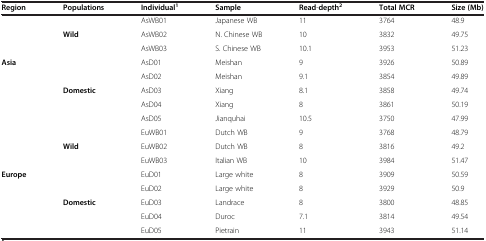
<table><thead><tr><td><b>Region</b></td><td><b>Populations</b></td><td><b>Individual<sup>1</sup></b></td><td><b>Sample</b></td><td><b>Read-depth<sup>2</sup></b></td><td><b>Total MCR</b></td><td><b>Size (Mb)</b></td></tr></thead><tbody><tr><td> </td><td> </td><td>AsWB01</td><td>Japanese WB</td><td>11</td><td>3764</td><td>48.9</td></tr><tr><td> </td><td><b>Wild</b></td><td>AsWB02</td><td>N. Chinese WB</td><td>10</td><td>3832</td><td>49.75</td></tr><tr><td> </td><td> </td><td>AsWB03</td><td>S. Chinese WB</td><td>10.1</td><td>3953</td><td>51.23</td></tr><tr><td><b>Asia</b></td><td> </td><td>AsD01</td><td>Meishan</td><td>9</td><td>3926</td><td>50.89</td></tr><tr><td> </td><td> </td><td>AsD02</td><td>Meishan</td><td>9.1</td><td>3854</td><td>49.89</td></tr><tr><td> </td><td><b>Domestic</b></td><td>AsD03</td><td>Xiang</td><td>8.1</td><td>3858</td><td>49.74</td></tr><tr><td> </td><td> </td><td>AsD04</td><td>Xiang</td><td>8</td><td>3861</td><td>50.19</td></tr><tr><td> </td><td> </td><td>AsD05</td><td>Jianquhai</td><td>10.5</td><td>3750</td><td>47.99</td></tr><tr><td> </td><td> </td><td>EuWB01</td><td>Dutch WB</td><td>9</td><td>3768</td><td>48.79</td></tr><tr><td> </td><td><b>Wild</b></td><td>EuWB02</td><td>Dutch WB</td><td>8</td><td>3816</td><td>49.2</td></tr><tr><td> </td><td> </td><td>EuWB03</td><td>Italian WB</td><td>10</td><td>3984</td><td>51.47</td></tr><tr><td><b>Europe</b></td><td> </td><td>EuD01</td><td>Large white</td><td>8</td><td>3909</td><td>50.59</td></tr><tr><td> </td><td> </td><td>EuD02</td><td>Large white</td><td>8</td><td>3929</td><td>50.9</td></tr><tr><td> </td><td><b>Domestic</b></td><td>EuD03</td><td>Landrace</td><td>8</td><td>3800</td><td>48.85</td></tr><tr><td> </td><td> </td><td>EuD04</td><td>Duroc</td><td>7.1</td><td>3814</td><td>49.54</td></tr><tr><td> </td><td> </td><td>EuD05</td><td>Pietrain</td><td>11</td><td>3943</td><td>51.14</td></tr></tbody></table>